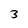
Character: 3